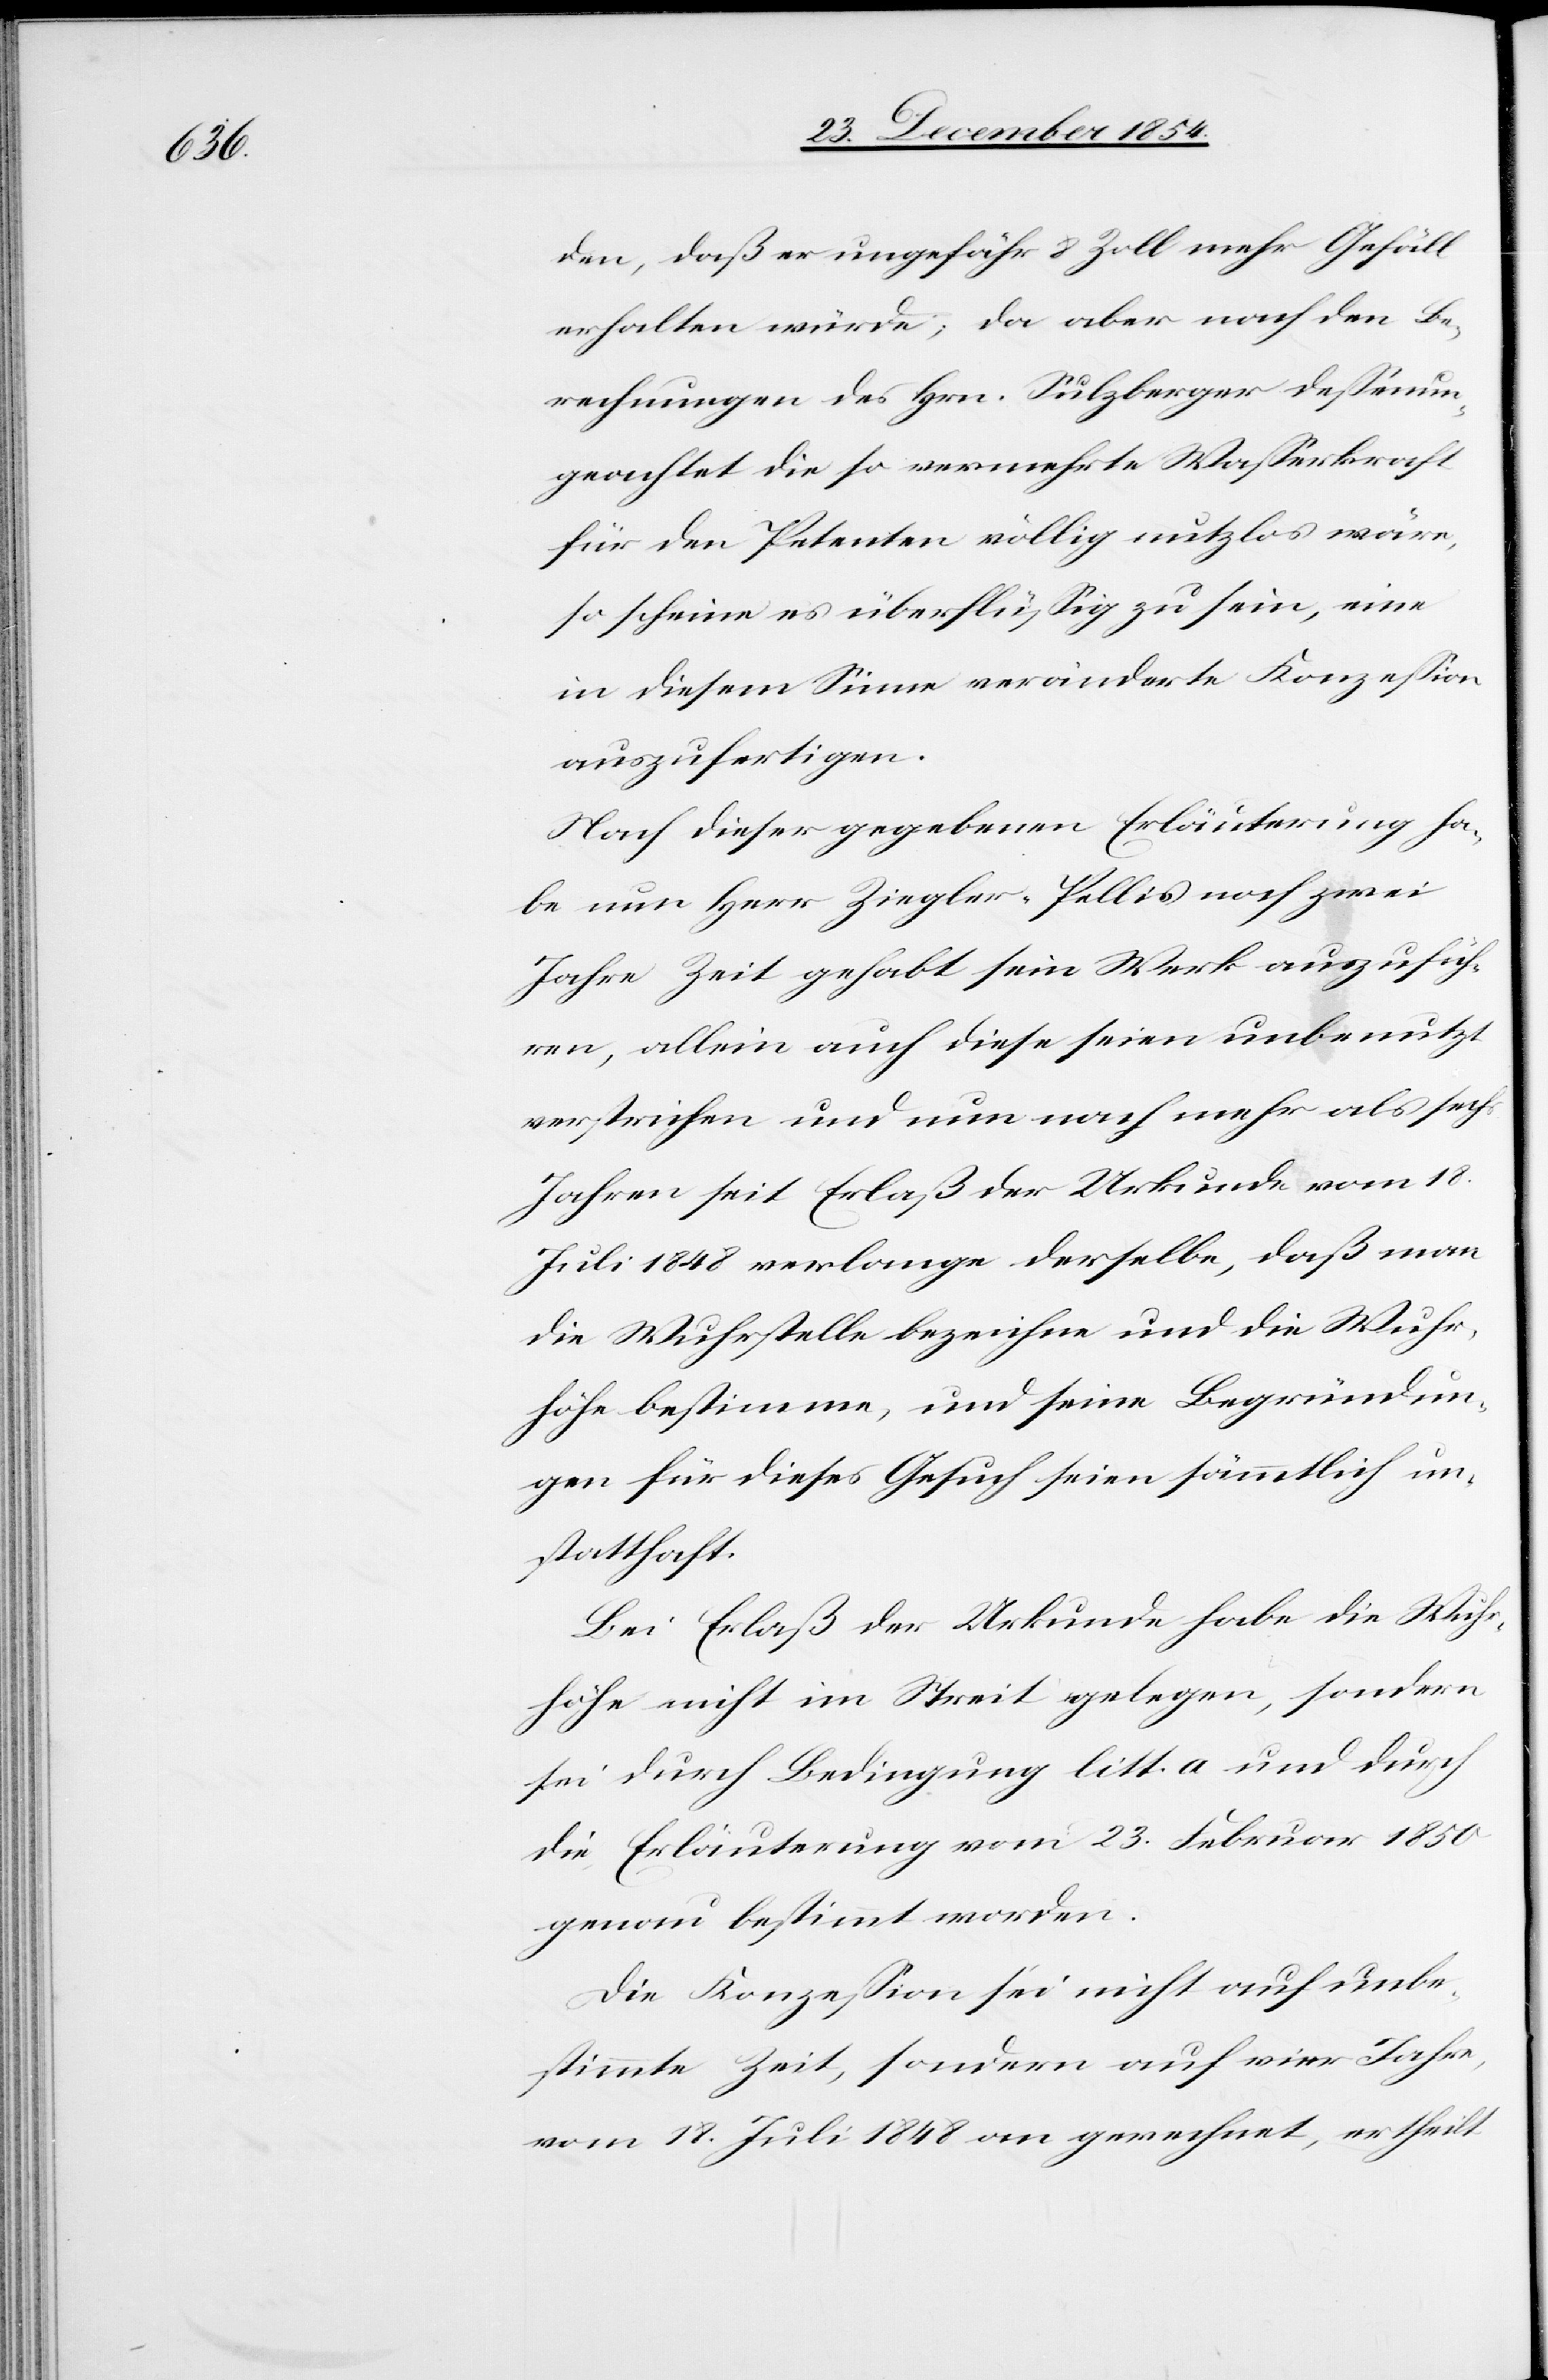
den, daß er ungefähr 8 Zoll mehr Gefäll
erhalten würde; da aber nach den Be¬
rechnungen des Hrn. Sulzberger deßenun¬
geachtet die so vermehrte Waßerkraft
so scheine es überflüßig zu sein, eine
in diesem Sinne veränderte Konzeßion
auszufertigen.
Nach dieser gegebenen Erläuterung ha¬
be nun Herr Ziegler-Pellis noch zwei
Jahre Zeit gehabt sein Werk auszufüh¬
ren, allein auch diese seien unbenutzt
verstrichen und nun nach mehr als sechs
Jahren seit Erlaß der Urkunde vom 18.
Juli 1848 verlange derselbe, daß man
die Wuhrstelle bezeichne und die Wuhr¬
höhe bestimme, und seine Begründun¬
gen für dieses Gesuch seien sämmtlich un¬
statthaft.
Bei Erlaß der Urkunde habe die Wuhr¬
höhe nicht im Streit gelegen, sondern
sei durch Bedingung litt. a und durch
die Erläuterung vom 23. Februar 1850
genau bestimmt worden.
Die Konzeßion sei nicht auf unbe¬
stimmte Zeit, sondern auf vier Jahre,
vom 18. Juli 1848 an gerechnet, ertheilt